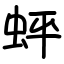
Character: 蚲